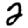
Digit: 2